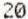
20